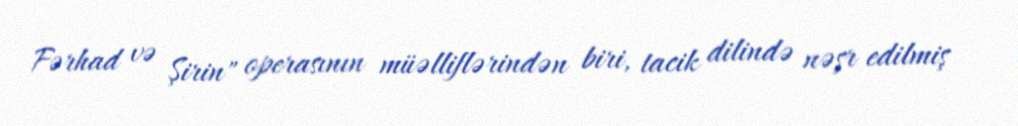
Fərhad və Şirin" operasının müəlliflərindən biri, tacik dilində nəşr edilmiş